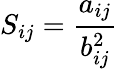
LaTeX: S_{ij}=\frac{a_{ij}}{b_{ij}^{2}}